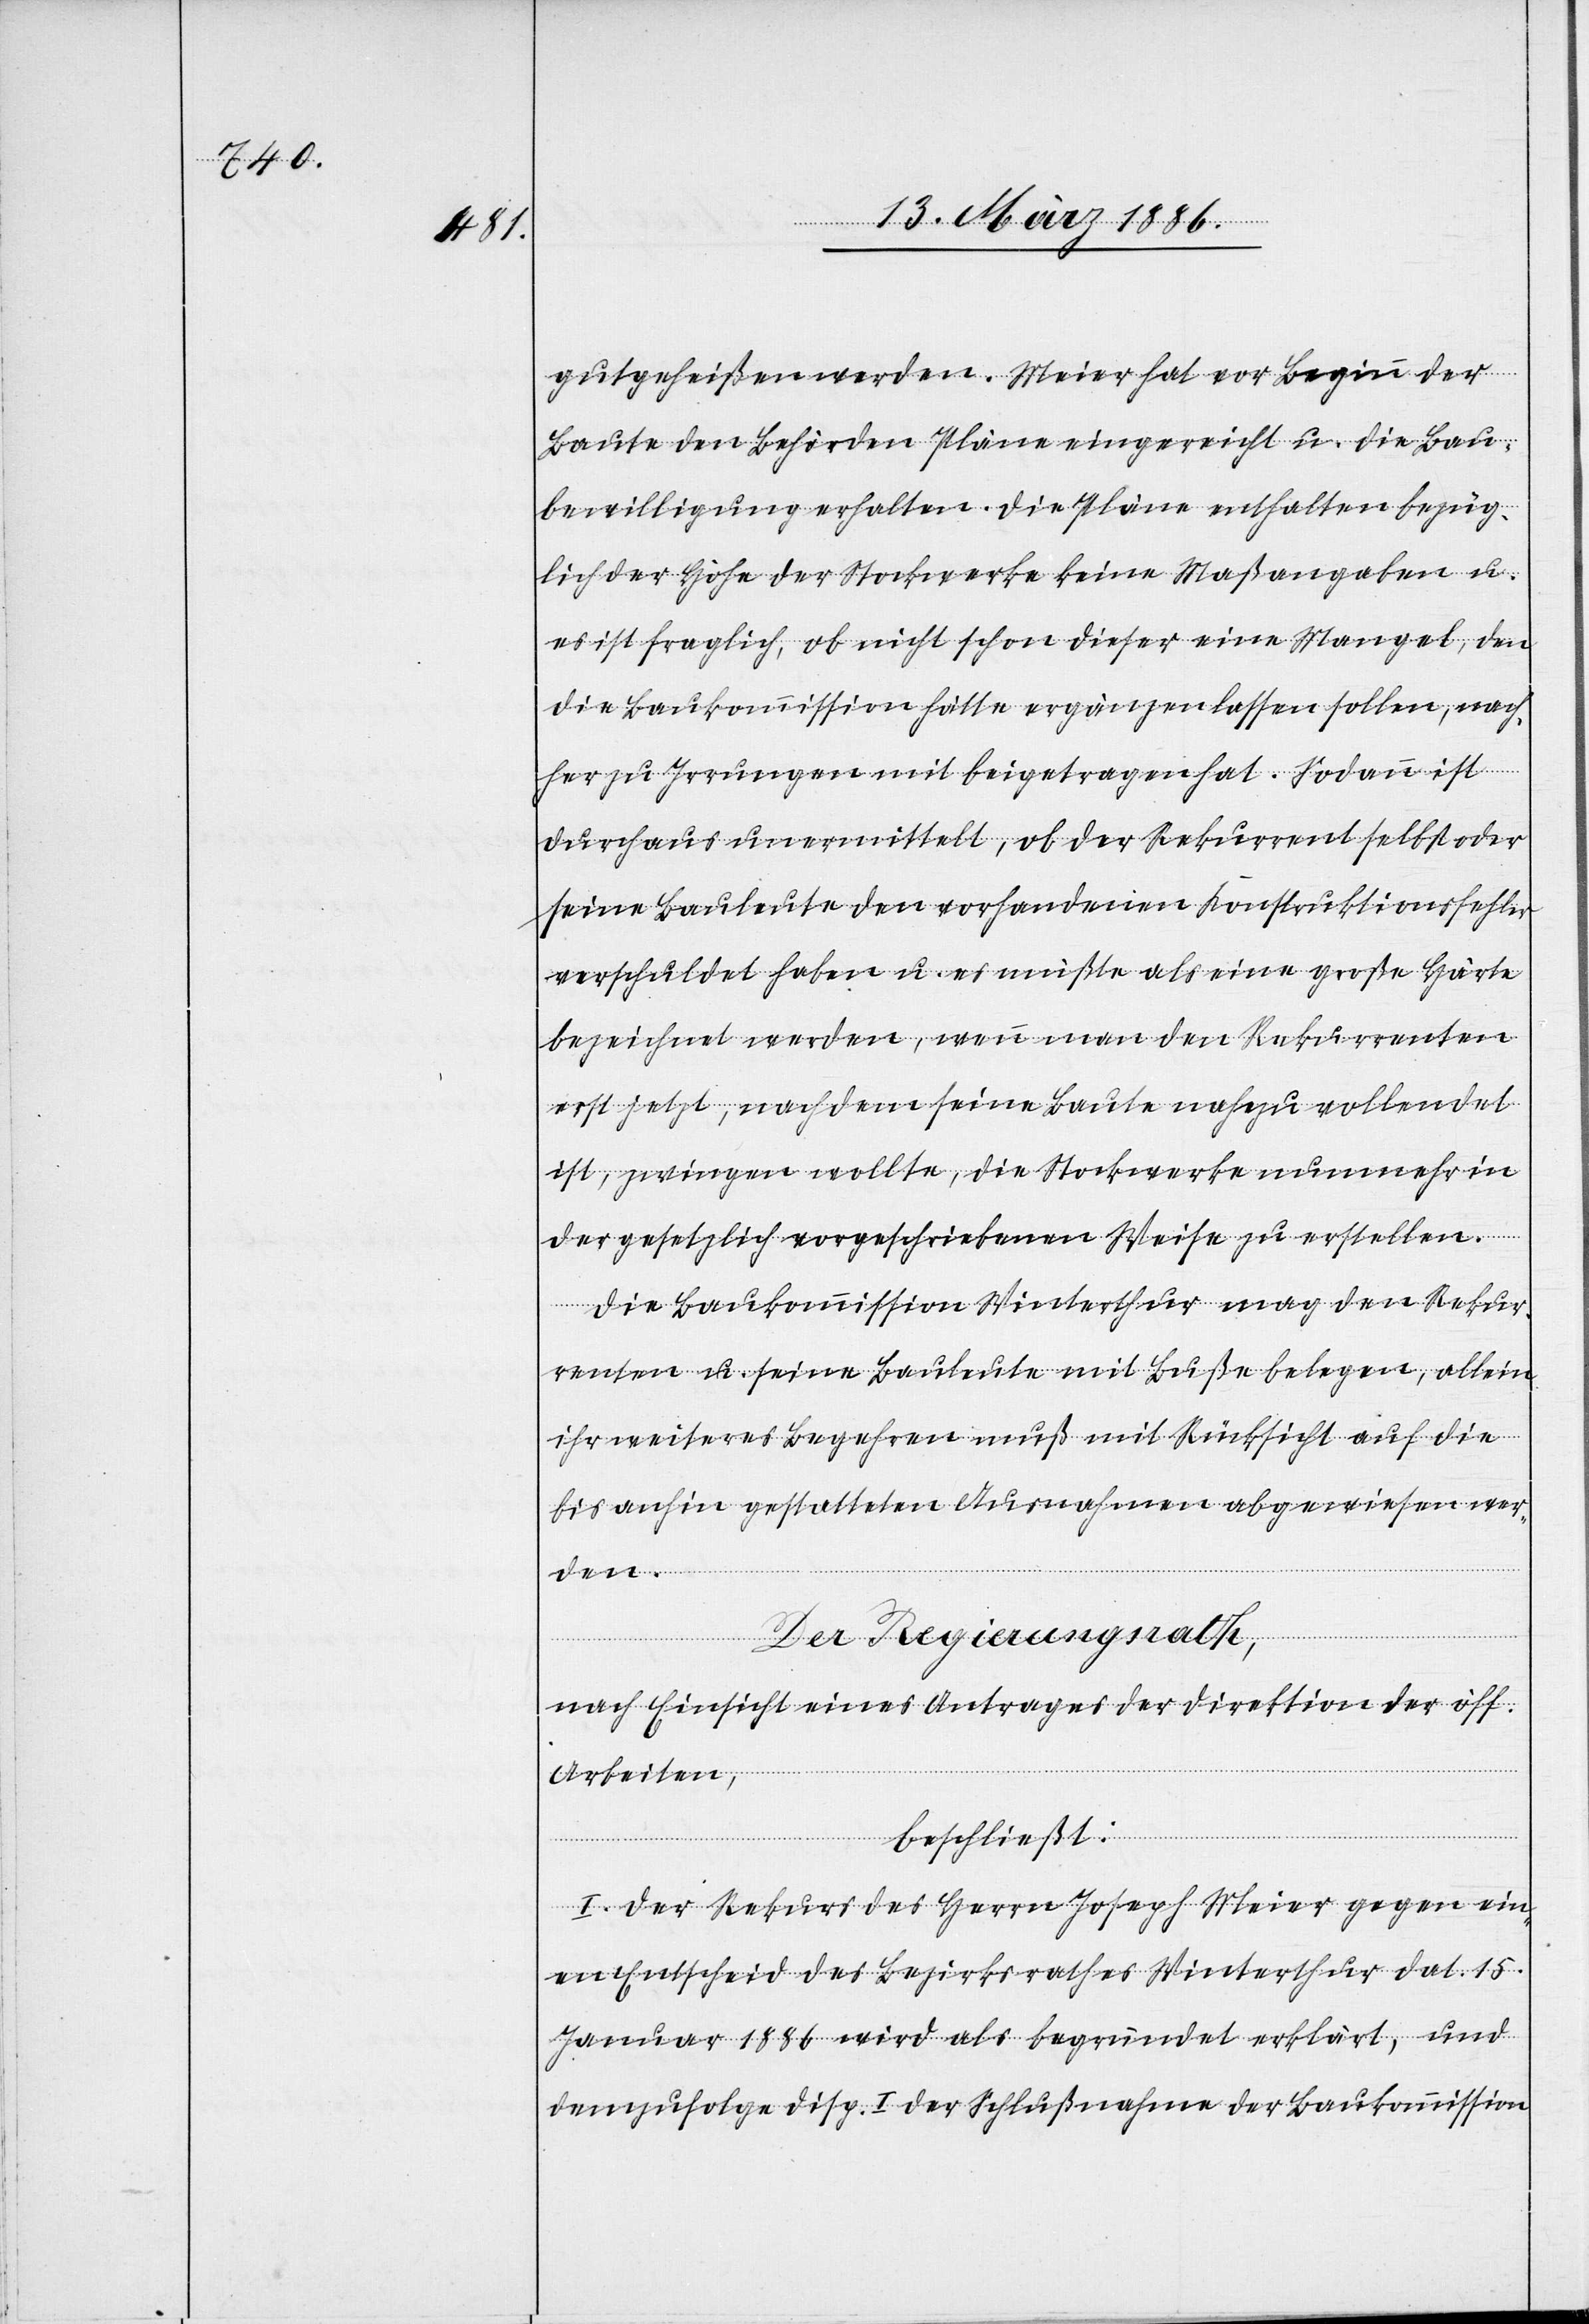
gutgeheißen werden. Meier hat vor Beginn der
Baute den Behörden Pläne eingereicht u. die Bau¬
bewilligung erhalten. Die Pläne enthalten bezüg¬
lich der Höhe der Stockwerke keine Maßgaben u.
es ist fraglich, ob nicht schon dieser eine Mangel, den
die Baukommission hätte ergänzen lassen sollen, nach¬
her zu Irrungen mitbeigetragen hat. Sodann ist
durchaus unermittelt, ob der Rekurrent selbst oder
seine Bauleute den vorhandenen Konstruktionsfehler
verschuldet haben u. es müßte als eine große Härte
bezeichnet werden, wenn man den Rekurrenten
erst jetzt, nachdem seine Baute nahezu vollendet
ist, zwingen sollte, die Stockwerke nunmehr in
der gesetzlich vorgeschriebenen Weise zu erstellen.
Die Baukommission Winterthur mag den Rekur¬
renten u. seine Bauleute mit Buße belegen, alleine
ihr weiteres Begehren muß mit Rücksicht auf die
bis anhin gestatteten Ausnahmen abgewiesen wer¬
den.
Der Regierungsrath,
nach Einsicht eines Antrages der Direktion der öff.
Arbeiten,
beschließt:
I. Der Rekurs des Herrn Joseph Meier gegen ein¬
en Entscheid des Bezirksrathes Winterthur dat. 15.
Januar 1886 wird als begründet erklärt, und
demzufolge Disp. I der Schlußnahme der Baukommission